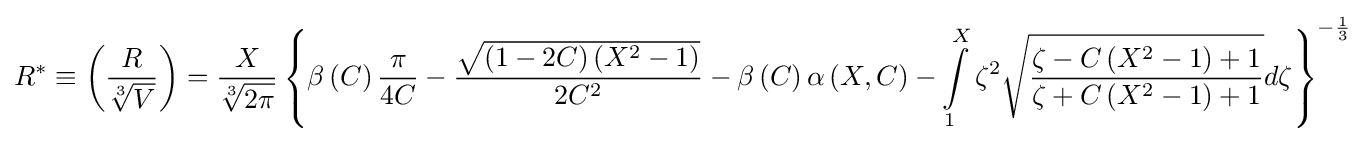
R^{*}\equiv \left({\frac {R}{\sqrt[{3}]{V}}}\right)={\frac {X}{\sqrt[{3}]{2\pi }}}\left\{\beta \left(C\right){\frac {\pi }{4C}}-{\frac {\sqrt {\left(1-2C\right)\left(X^{2}-1\right)}}{2C^{2}}}-\beta \left(C\right)\alpha \left(X,C\right)-\int \limits _{1}^{X}\zeta ^{2}{\sqrt {\frac {\zeta -C\left(X^{2}-1\right)+1}{\zeta +C\left(X^{2}-1\right)+1}}}d\zeta \right\}^{-{\frac {1}{3}}}